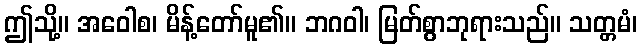
ဤသို့။ အဝေါစ၊ မိန့်တော်မူ၏။ ဘဂဝါ၊ မြတ်စွာဘုရားသည်။ သတ္တမံ၊